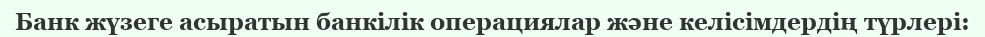
Банк жүзеге асыратын банкілік операциялар және келісімдердің түрлері: